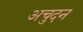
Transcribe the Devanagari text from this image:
अचुदन